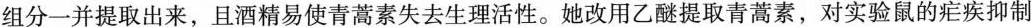
组分一并提取出来，且酒精易使青蒿素失去生理活性。她改用乙醚提取青蒿素，对实验鼠的疟疾抑制